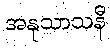
အနုသာသနီ